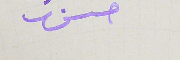
حسن